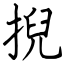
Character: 掜